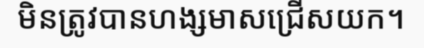
មិនត្រូវបានហង្សមាសជ្រើសយក។